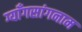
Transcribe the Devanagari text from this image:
ग्याँगसांगनाम